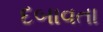
દબાવતા